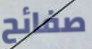
صفائح